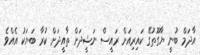
އާދަމް ބުނީ ޔާގޫތުގޭ ކައިރިއަށް ރައީސް ނަޝީދަށް ތާއީދަށް ކުރާ ބަޔަކު އެއްވެ